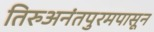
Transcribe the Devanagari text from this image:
तिरुअनंतपुरमपासून